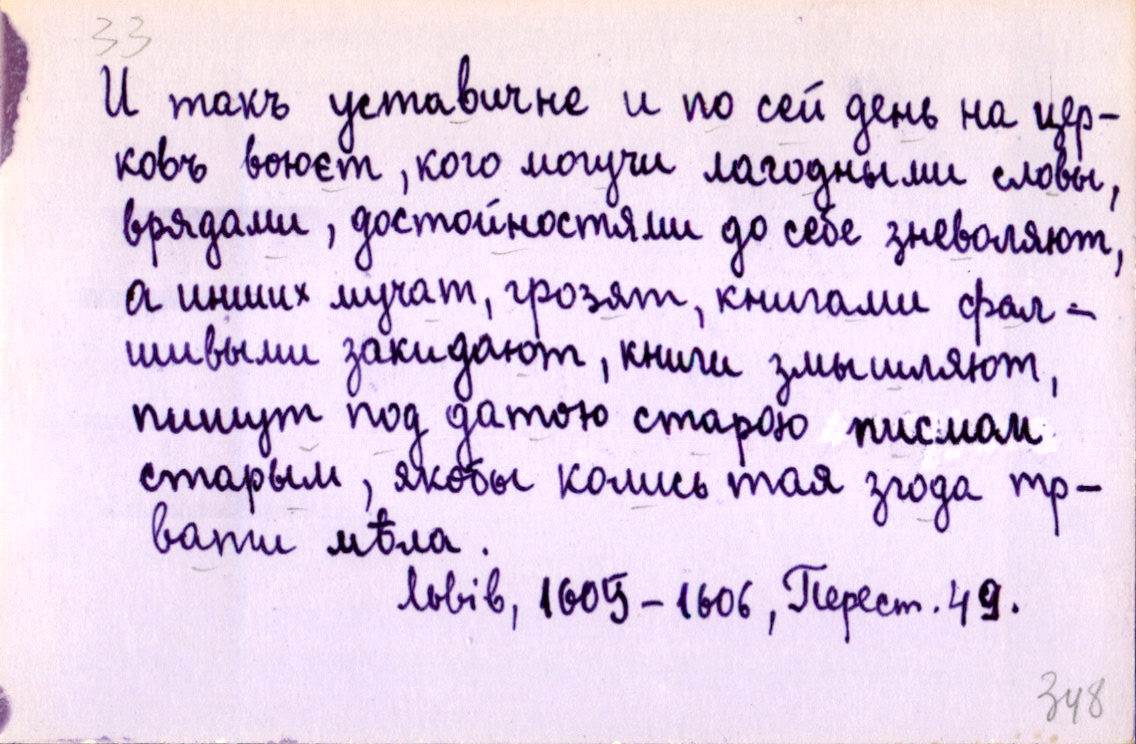
И такъ уставичне и по сей день на цер-
ковъ воюєт, кого могучи лагодными словы,
врядами, достойностями до себе зневоляют,
а инших мучат, грозят, книгами фал-
шивыми закидают, книги змышляют,
пишут под датою старою писмом
старым, якобы колись тая згода тр-
вати мѣла.
Львів, 1605-1606, Перест. 49.